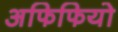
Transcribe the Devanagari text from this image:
अफिफियो